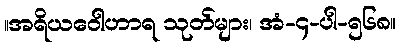
။အရိယဝေါဟာရ သုတ်များ၊ အံ-၄-ပါ-၅၆၈။